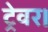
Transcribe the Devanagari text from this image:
ट्रेवर।